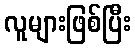
လူများဖြစ်ပြီး